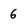
Character: 6